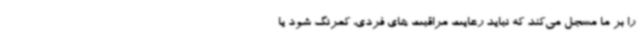
را بر ما مسجل می‌کند که نباید رعایت مراقبت های فردی، کمرنگ شود یا